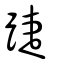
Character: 踕